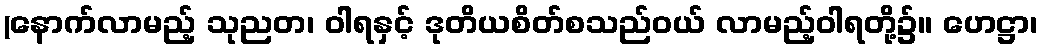
(နောက်လာမည့် သုညတ၊ ဝါရနှင့် ဒုတိယစိတ်စသည်ဝယ် လာမည့်ဝါရတို့၌။ ဟေဋ္ဌာ၊